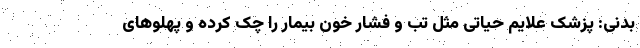
بدنی: پزشک علایم حیاتی مثل تب و فشار خون بیمار را چک کرده و پهلوهای